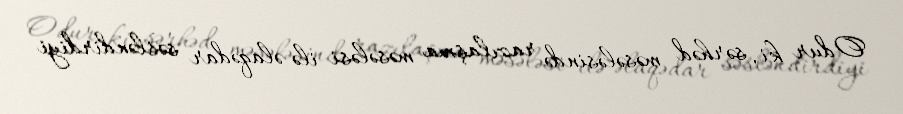
Odur ki, sərhəd məsələsində razılaşma məsələsi ilə əlaqədar səsləndirdiyi